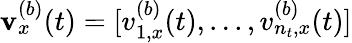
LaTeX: \mathbf v_{x}^{(b)}(t)=[v_{1,x}^{(b)}(t),...,v_{n_{t},x}^{(b)}(t)]